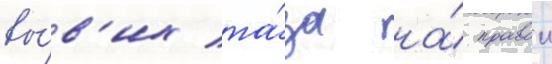
вы́в'их та́за на́ правои